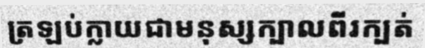
ត្រឡប់ក្លាយជាមនុស្សក្បាលពីរក្បត់